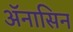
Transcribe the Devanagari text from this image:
ॲनासिन